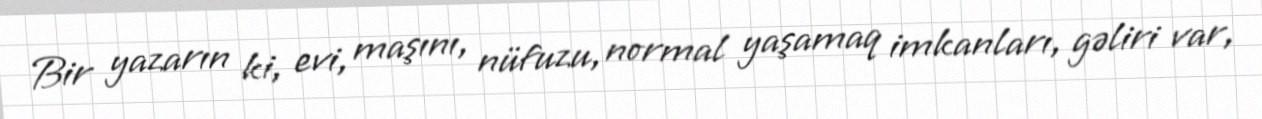
Bir yazarın ki, evi, maşını, nüfuzu, normal yaşamaq imkanları, gəliri var,